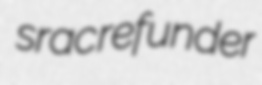
srac refunder